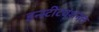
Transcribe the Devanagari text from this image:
इन्स्टीटयूशनल